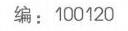
编：100120